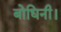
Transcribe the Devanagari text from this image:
बोधिनी।